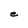
Character: e